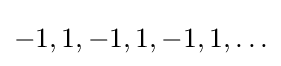
-1,1,-1,1,-1,1,\ldots